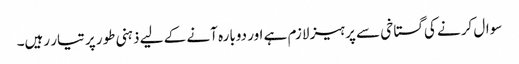
سوال کرنے کی گستاخی سے پرہیز لازم ہے اور دوبارہ آنے کے لیے ذہنی طور پر تیار رہیں۔